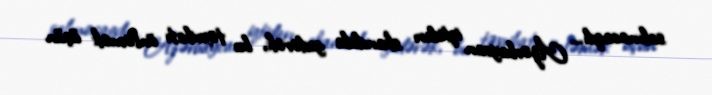
salınacaqdı... Azərbaycan iqtidarı skandala gedərək, bu təxribatı önləmək üçün